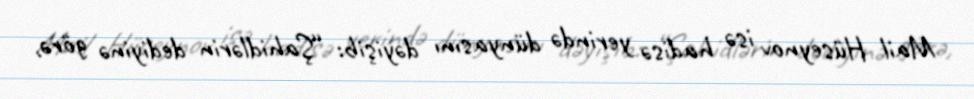
Mail Hüseynov isə hadisə yerində dünyasını dəyişib: “Şahidlərin dediyinə görə,